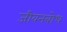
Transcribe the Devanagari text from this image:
जीवनबोध